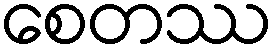
စေတဿ